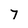
Character: 7